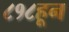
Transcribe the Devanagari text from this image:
८१८हून